Scottish Leaving Certificate Examination, 1960
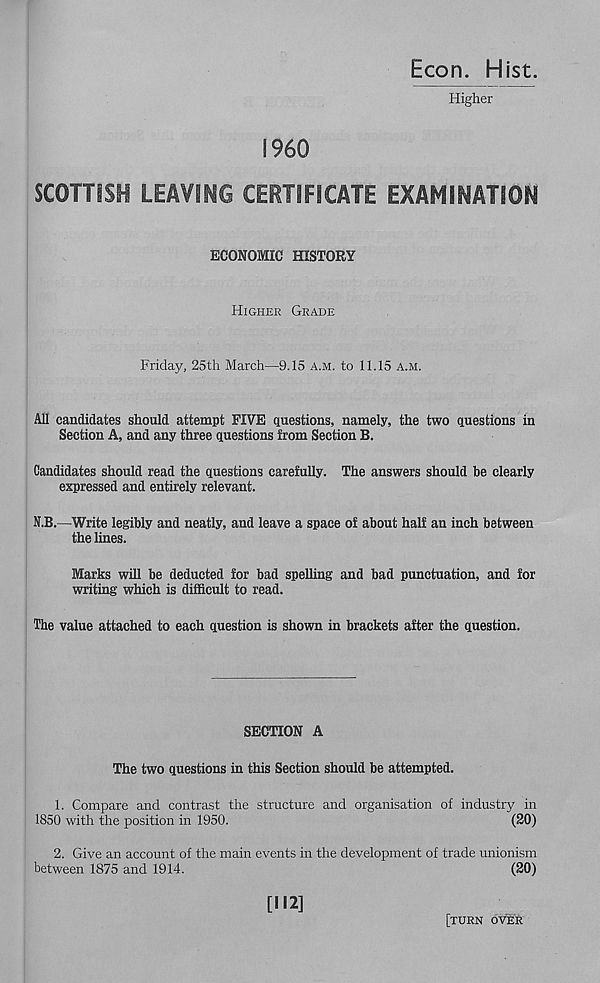
Econ. Hist.
Higher
I960
SCOTTISH LEAVING CERTIFICATE EXAMINATION
ECONOMIC HISTORY
Higher Grade
Friday, 25th March—9.15 a.m. to 11.15 a.m.
All candidates should attempt FIVE questions, namely, the two questions in
Section A, and any three questions from Section B.
Candidates should read the questions carefully. The answers should be clearly
expressed and entirely relevant.
N.B.—Write legibly and neatly, and leave a space of about half an inch between
the lines.
Marks will be deducted for bad spelling and bad punctuation, and for
writing which is difficult to read.
The value attached to each question is shown in brackets after the question.
SECTION A
The two questions in this Section should be attempted.
1. Compare and contrast the structure and organisation of industry in
1850 with the position in 1950.
(20)
2. Give an account of the main events in the development of trade unionism
between 1875 and 1914.
(20)
[112]
[TURN OVER